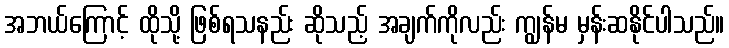
အဘယ်ကြောင့် ထိုသို့ ဖြစ်ရသနည်း ဆိုသည့် အချက်ကိုလည်း ကျွန်မ မှန်းဆနိုင်ပါသည်။